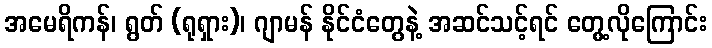
အမေရိကန်၊ ရွတ် (ရုရှား)၊ ဂျာမန် နိုင်ငံတွေနဲ့ အဆင်သင့်ရင် တွေ့လိုကြောင်း